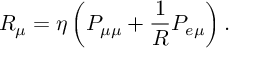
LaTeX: R _ { \mu } = \eta \left( P _ { \mu \mu } + \frac { 1 } { R } P _ { e \mu } \right) .